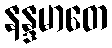
နန္ဒမာတေ